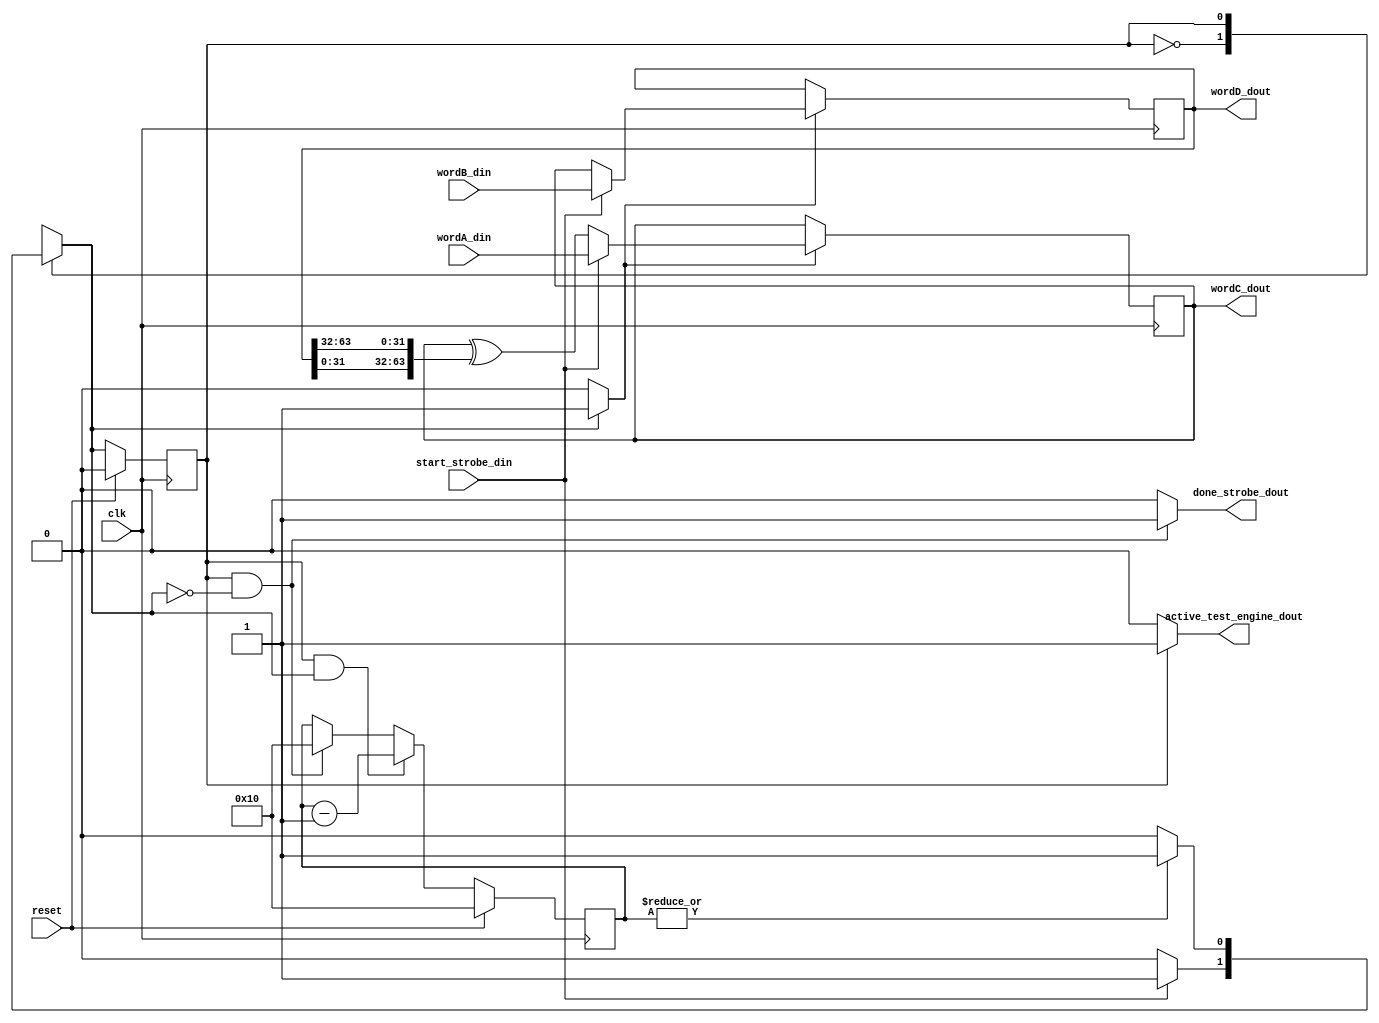
module test_engine 	#(
						parameter ROUNDS = 16
					)
	(
		input wire clk,
		input wire reset,
	// -- inputs ------------------------------------------------- >>>>>
		input wire 			start_strobe_din,
		input wire [63:0]	wordA_din,
		input wire [63:0]	wordB_din,
	// -- outputs ------------------------------------------------ >>>>>
		output wire 		done_strobe_dout,
		output wire 		active_test_engine_dout,
		output wire [63:0]	wordC_dout,
		output wire [63:0]	wordD_dout
	);
	localparam IDLE 	= 1'b0;
	localparam ACTIVE 	= 1'b1;
	localparam RND_WIDTH = clog2(ROUNDS);
	/*-- Contador de rondas -------------------------------------- >>>>>
		-- Descripcion:	Contador de rondas. El numero de rondas que se
						han llevado a cabo durante la ejecucion en
						curso.
						El contador ejecuta la cuenta de manera inversa,
						terminando su operacion al llegar a 0.
	// -------------------------------------------------------------- */
		reg 	[RND_WIDTH-1:0] round_counter_reg;
		wire 	[RND_WIDTH-1:0] round_counter_next;
		// --  Elemento de memoria ------------------------------- >>>>>
			always @(posedge clk)
				if (reset)
					round_counter_reg <= ROUNDS;
				else
					round_counter_reg <= round_counter_next;
		// -- Logica de estado siguiente ------------------------- >>>>>
			assign round_counter_next = (state_reg  == ACTIVE && state_next == ACTIVE) 	? round_counter_reg - 1'b1	:
										(state_reg  == ACTIVE && state_next == IDLE)	? ROUNDS 					:
										round_counter_reg;
	// -- FSM ---------------------------------------------------- >>>>>
		/* -- Elementos de memoria ------------------------------- >>>>>
			-- Descripcion:	Maquina de estados para el control de flujo
							de datos a travez del datapath. Solo se
							tienen 2 estados: IDLE y ACTIVE.
							IDLE:	Estado de reposo. No se lleva a cabo
									trabajo durante este estado.
							ACTIVE:	Estado de trabajo, se ejecuta
									durante ROUNDS + 1 ciclos de reloj.
									El ciclo extra se utiliza para la
									captura de los nuevos datos de
									trabajo, los restantes son para el
									procesamiento de los datos.
		// ---------------------------------------------------------- */
		reg 	state_reg;
		reg 	state_next;
			always @(posedge clk)
				if (reset)
					state_reg <= IDLE;
				else
					state_reg <= state_next;
		// -- State Next logic ----------------------------------- >>>>>
		always @(*)
			begin
				state_next = state_reg;
				case (state_reg)
					IDLE:
						if (start_strobe_din)
							state_next = ACTIVE;
					ACTIVE:
						if (~|round_counter_reg)
							state_next = IDLE;
				endcase
			end
		/* -- Logica de  salida ---------------------------------- >>>>>
			-- Descripcion:	Señales de salida para datapath y para fuera
							del modulo.
								active_test_engine: indicador que el
								nucleo se encuentra dentro de un loop de
								procesamiento.
								word_ena: Habilitador de registros de
								trabajo (wordA y wordB).
								done_strobe: pulso de finalizacion de
								loop de procesamiento. Indica que los
								datos en los puertos de salida wordC y
								wordD son validos.
		// ---------------------------------------------------------- */
		wire word_ena;
		assign active_test_engine_dout = (state_reg  == ACTIVE)							? 1'b1 : 1'b0;
		assign word_ena 			   = (state_next == ACTIVE) 						? 1'b1 : 1'b0;
		assign done_strobe_dout 	   = (state_reg  == ACTIVE && state_next == IDLE) 	? 1'b1 : 1'b0;
	// -- Registers ---------------------------------------------- >>>>>
	reg 	[63:0]	wordA_reg;
	wire 	[63:0]	wordA_next;
	reg 	[63:0]	wordB_reg;
	wire 	[63:0]	wordB_next;
	// -- Registros A y B ---------------------------------------- >>>>>
		always @(posedge clk)
			if (word_ena)
				wordA_reg <= wordA_next;
		always @(posedge clk)
			if (word_ena)
				wordB_reg <= wordB_next;
	/* -- Next State Logic --------------------------------------- >>>>>
		-- Descripcion: Multiplexores para la seleccion de nuevos
						valores para los registros de trabajo.
	// -------------------------------------------------------------- */
		assign wordA_next = (start_strobe_din) 	? wordA_din : wordA_reg ^ {wordB_reg[31:0], wordB_reg[63:32]};
		assign wordB_next = (start_strobe_din)	? wordB_din : wordA_reg;
	// -- Salidas ------------------------------------------------ >>>>>
		assign wordC_dout = wordA_reg;
		assign wordD_dout = wordB_reg;
	// -- Funciones ---------------------------------------------- >>>>>
			//  Funcion de calculo: log2(x) ---------------------- >>>>>
			function integer clog2;
				input integer depth;
					for (clog2=0; depth>0; clog2=clog2+1)
						depth = depth >> 1;
			endfunction
endmodule